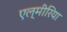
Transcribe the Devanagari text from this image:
एल्मीरिया